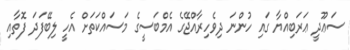
ސަޢޫދީ ޢަރަބިއްޔާ ގައި ހުންނަ ދިވެހިރާއްޖޭގެ އެމްބަސީގެ މަސައްކަތަށް އެހީ ލިބޭފަދަ ފޮތާއި